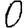
Digit: 0